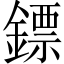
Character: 鏢